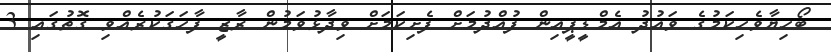
ބޯހިޔާވެހިކަމުގެ ވައުދު އެމްޑީޕީއިން ފުއްދުމަށް ފެށިކަމަށް ވިދާޅުވަމުން ރާޒީ ފާހަގަކުރެއްވި ގޮތުގައި 3